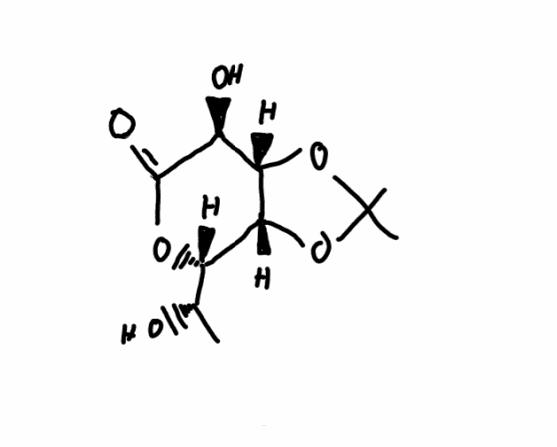
Simplified molecular-input line-entry system (SMILES) notation of the given molecule:
C[C@@H]([C@H]1[C@@H]2[C@H]([C@@H](C(=O)O1)O)OC(O2)(C)C)O